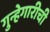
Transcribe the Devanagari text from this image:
गुन्हेगारीची